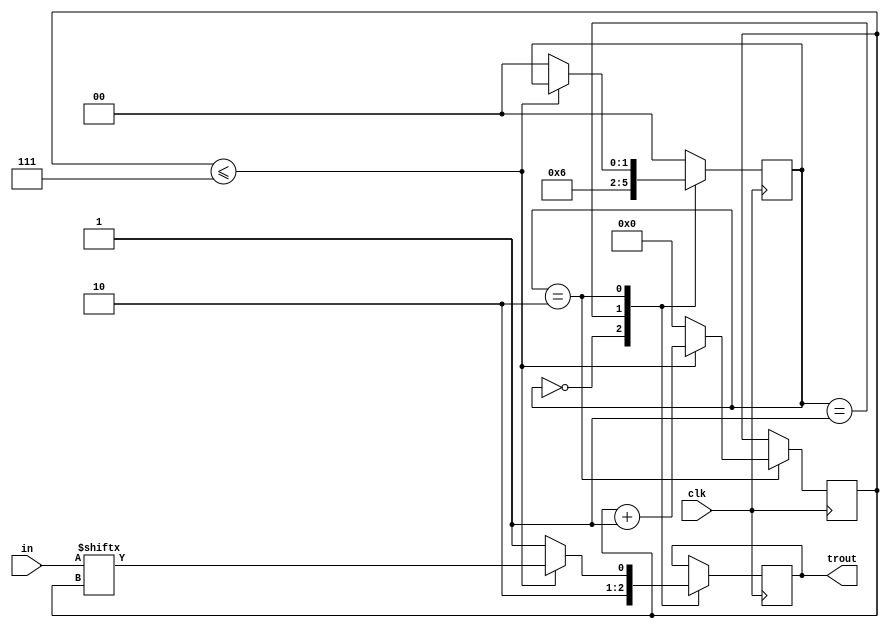
module trans_seq (trout,in,clk);
  input clk;
  input [7:0] in;
  output reg trout;
  reg [3:0]cnt =0;
  reg  start;
  reg stop;
  reg [1:0]pstate;
  parameter ideal=2'b00,active=2'b01,trans=2'b10;
  always @ (posedge clk)
  begin
    case (pstate)
     ideal : 
          begin
            start = 1;
            trout = start;
            pstate = active ;
          end
    active : 
           begin
            start = 0;
            trout = start; 
            pstate = trans;
          end
      trans: if (cnt <=7)
           begin
           trout = in[cnt];
           cnt = cnt+1;
           end
           else
             begin
             cnt = 0;
             stop = 1;
             trout = stop;
             pstate = ideal;
        end
        default:pstate = ideal;
         endcase
end
endmodule
module rec_seq(rcout,in,clk);
  input clk;
  input [7:0]in;
  output reg rcout;
  reg [3:0]cnt =0;
  reg  start,trout;
  reg stop;
  reg [1:0]pstate;
  parameter ideal=2'b00,active=2'b01,trans=2'b10,receive=2'b11;
  always @ (posedge clk)
  begin
    case (pstate)
     ideal : 
          begin
            start = 1;
            trout = start;
            rcout = 1'bz;
            pstate = active ;
          end
    active : 
           begin
            start = 0; 
            trout = start;
            rcout = 1'bz;
            pstate = trans;
          end
      trans: if(cnt==0)
           begin
           trout = in[cnt];
           cnt = cnt+1;
         end
       else
           pstate = receive;
       receive:if(cnt <=8)
           begin
           rcout = trout;
           trout = in[cnt];
           cnt = cnt +1;
           pstate = receive;  
         end  
           else
             begin
             cnt = 0;
             stop = 1;
             trout = stop;
             rcout = 1'bz;
             pstate = ideal;
        end
        default:pstate = ideal;
         endcase
end
endmodule